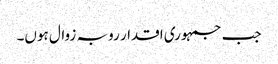
جب جمہوری اقدار رو بہ زوال ہوں۔